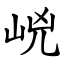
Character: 㟅